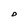
Character: D